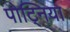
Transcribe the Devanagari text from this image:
पोट्निया